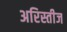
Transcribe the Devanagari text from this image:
अरिस्तीज